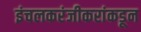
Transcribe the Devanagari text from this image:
इंचलकरंजीकरांकडून